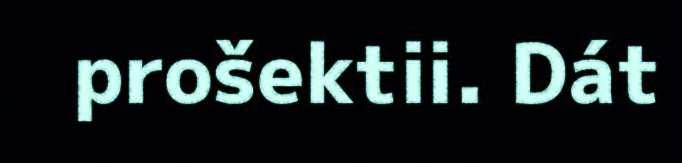
prošektii. Dát